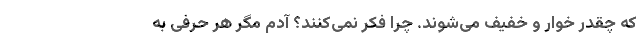
که چقدر خوار و خفیف می‌شوند. چرا فکر نمی‌کنند؟ آدم مگر هر حرفی به